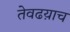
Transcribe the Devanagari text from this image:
तेवढय़ाच